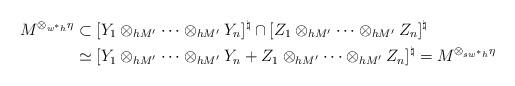
LaTeX: \begin{align*}M^{\otimes_{w^*h}\eta}&\subset[Y_1\otimes_{h M'}\cdots \otimes_{h M'} Y_n]^{\natural }\cap [Z_1\otimes_{h M'}\cdots \otimes_{h M'} Z_n]^{\natural }\\&\simeq [Y_1\otimes_{h M'}\cdots \otimes_{h M'} Y_n+Z_1\otimes_{h M'}\cdots \otimes_{h M'} Z_n]^{\natural }=M^{\otimes_{sw^*h}\eta}\end{align*}